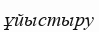
ұйыстыру